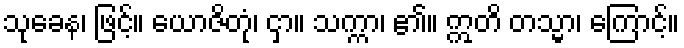
သုခေန၊ ဖြင့်။ ယောဇိတုံ၊ ငှာ။ သက္ကာ၊ ၏။ ဣတိ တသ္မာ၊ ကြောင့်။